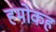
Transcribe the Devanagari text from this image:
हमोकह